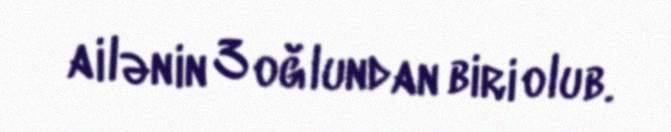
ailənin 3 oğlundan biri olub.